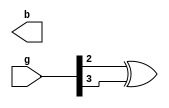
module lab5q2(g,b);
input [3:0] g;
output [3:0] b;
assign b[3] = g[3];
assign b[2] = g[2] ^ g[3];

endmodule